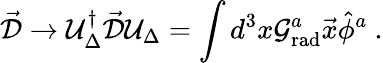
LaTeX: \vec{\cal D}\to{\cal U}_{\Delta}^{\dagger}\vec{\cal D}{\cal U}_{\Delta}=\int d^{3}x{\cal G}_{\mathrm{rad}}^{a}\vec{x}\hat{\phi}^{a}\ .